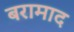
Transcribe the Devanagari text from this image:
बरामाद